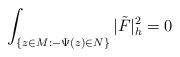
LaTeX: \begin{align*}\int_{\{z\in M:-\Psi(z)\in N\}}|\tilde{F}|^2_h=0 \end{align*}